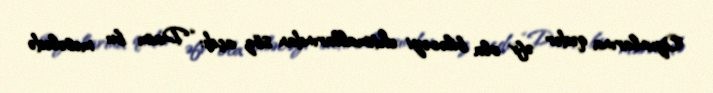
Oyunlarına qədər əfv ola biləcəyi ehtimallarından söz açdı: “Daim bu məsələdə